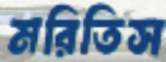
মরিতিস